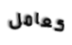
كعامل